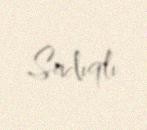
Sadıqlı